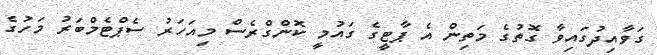
ގަވާއިދުގައިވާ ގޮތުގެ މަތިން އެ ޕާޓީގެ ގައުމީ ކޮންގްރެސް މިއަހަރު ސެޕްޓެމްބަރު މަހުގެ